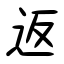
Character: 返